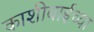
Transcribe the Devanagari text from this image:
काशीबाईच्या